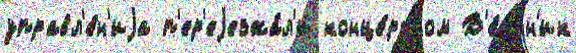
управл'е́н'иjа п'ер'еjезжа́л'и конце́ртном В'е́стн'ик